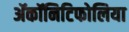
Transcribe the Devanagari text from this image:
ॲकॉनिटिफोलिया